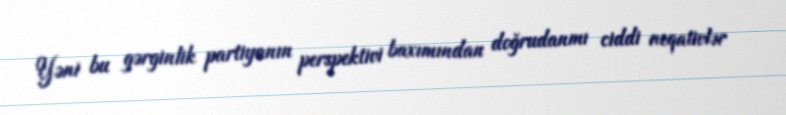
Yəni bu gərginlik partiyanın perspektivi baxımından doğrudanmı ciddi neqativlər